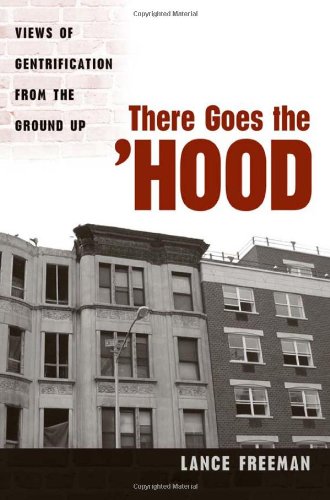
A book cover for There Goes the Hood: Views of Gentrification from the Ground Up; Lance Freeman; Politics & Social Sciences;